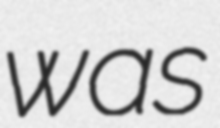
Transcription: was